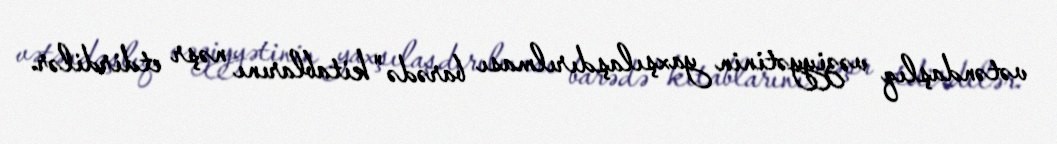
vətəndaşlıq vəziyyətinin yaxşılaşdırılması barədə" kitablarını nəşr etdirdilər.